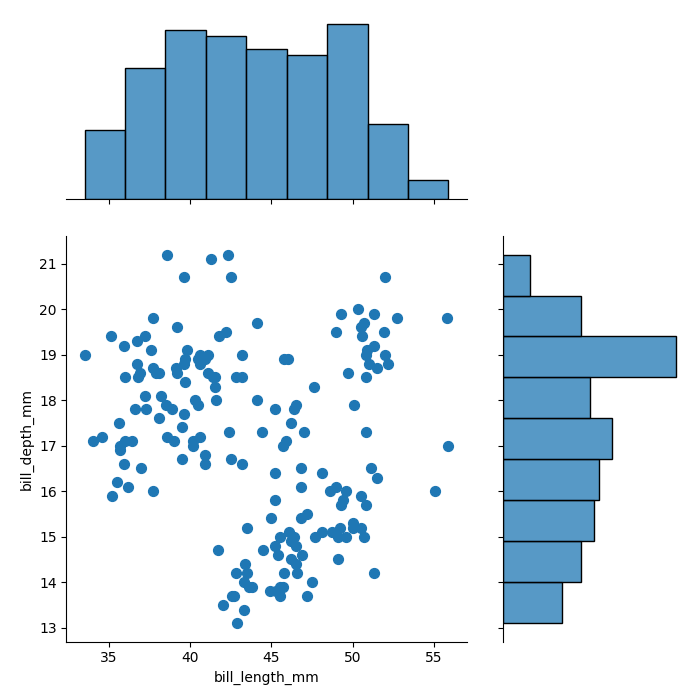
python, seaborn, jointplot, kind='scatter', height='7', ratio='2', marginal_ticks='False'